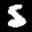
Label: 5